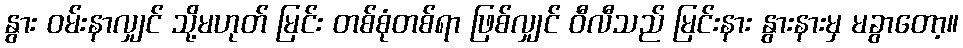
နွား ဝမ်းနာလျှင် သို့မဟုတ် မြင်း တစ်စုံတစ်ရာ ဖြစ်လျှင် ဝီလီသည် မြင်းနား နွားနားမှ မခွာတော့။